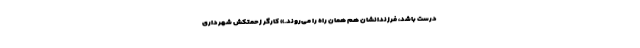
درست باشد، فرزندانشان هم همان راه را می‌روند.» کارگر زحمتکش شهرداری